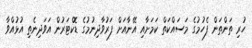
ހުރި ތަންތަން ފެހުމުގެ މަސައްކަތް ކަމަށާއި އޭނާއަށް ފަރުވާދިނުމުގެ ޑޮކްޓަރުން އަވަދިނެތި އުޅުއްވާ